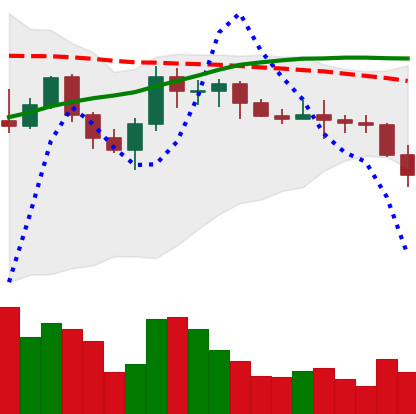
Ticker: XMR-USD
Chart end date: 2022-06-11
Forward return: -35.916%
Label: down_7plus